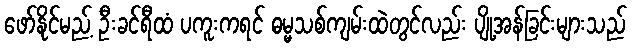
ဖော်နိုင်မည့် ဦးခင်ရီထံ ပကူးကရင် ဓမ္မသစ်ကျမ်းထဲတွင်လည်း ပျို့အန်ခြင်းများသည်